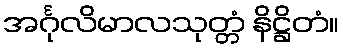
အင်္ဂုလိမာလသုတ္တံ နိဋ္ဌိတံ။